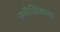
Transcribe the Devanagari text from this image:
स्थैतिकता